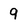
Character: 9